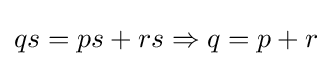
qs=ps+rs\Rightarrow q=p+r